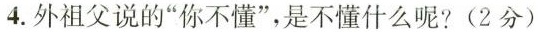
4.外祖父说的”你不懂”，是不懂什么呢?(2分)